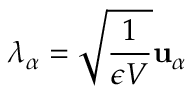
\boldsymbol { \lambda } _ { \alpha } = \sqrt { \frac { 1 } { \epsilon V } } \mathbf { u } _ { \alpha }